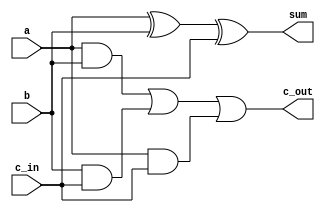
module full_adder(
    input  wire a,        // First input bit
    input  wire b,        // Second input bit
    input  wire c_in,     // Carry input
    output wire sum,      // Sum output
    output wire c_out     // Carry output
);
    assign sum = a ^ b ^ c_in;        // Sum is the XOR of all inputs
    assign c_out = (a & b) | (b & c_in) | (a & c_in); // Carry output
endmodule